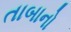
તાબાનો